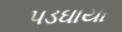
પડઘાયા